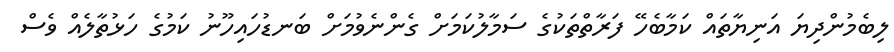
ލިބެމުންދިޔަ އަނިޔާތައް ކަމާބެހޭ ފަރާތްތަކުގެ ސަމާލުކަމަށް ގެންނެވުމަށް ބަނޑުހައިހޫނު ކަމުގެ ހަޅުތާލެއް ވެސް